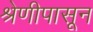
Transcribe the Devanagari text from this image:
श्रेणीपासून